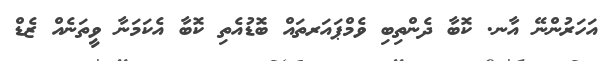
އަހަރުންނޭ އާނ. ކޮބާ ދެންތިބި ވެމްޕައަރތައް ބޮޑުއެތި ކޮބާ އެކަމަނާ ވީތަނެއް ޒެޑް